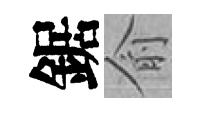
鋸俞